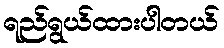
ရည်ရွယ်ထားပါတယ်